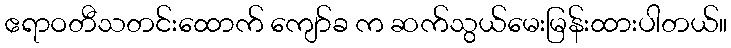
ဧရာဝတီသတင်းထောက် ကျော်ခ က ဆက်သွယ်မေးမြန်းထားပါတယ်။